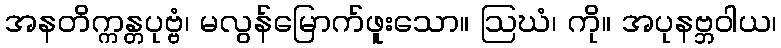
အနတိက္ကန္တပုဗ္ဗံ၊ မလွန်မြောက်ဖူးသော။ ဩဃံ၊ ကို။ အပုနဗ္ဘဝါယ၊